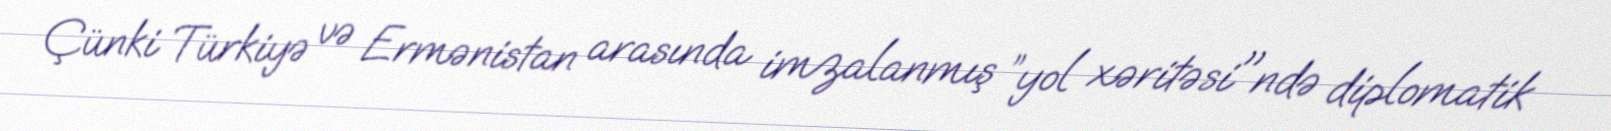
Çünki Türkiyə və Ermənistan arasında imzalanmış ”yol xəritəsi"ndə diplomatik